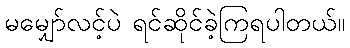
မမျှော်လင့်ပဲ ရင်ဆိုင်ခဲ့ကြရပါတယ်။